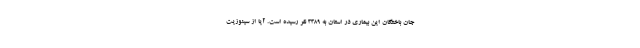
جان باختگان این بیماری در استان به ۳۳۸۹ نفر رسیده است. آیا از سینوزیت